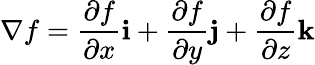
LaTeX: \nabla f={\frac{\partial f}{\partial x}}\mathbf{i}+{\frac{\partial f}{\partial y}}\mathbf{j}+{\frac{\partial f}{\partial z}}\mathbf{k}